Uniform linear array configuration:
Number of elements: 48
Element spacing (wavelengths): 0.75
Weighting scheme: hamming
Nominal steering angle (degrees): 60
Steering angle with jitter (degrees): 60.842
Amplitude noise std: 0.05
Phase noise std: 0.05

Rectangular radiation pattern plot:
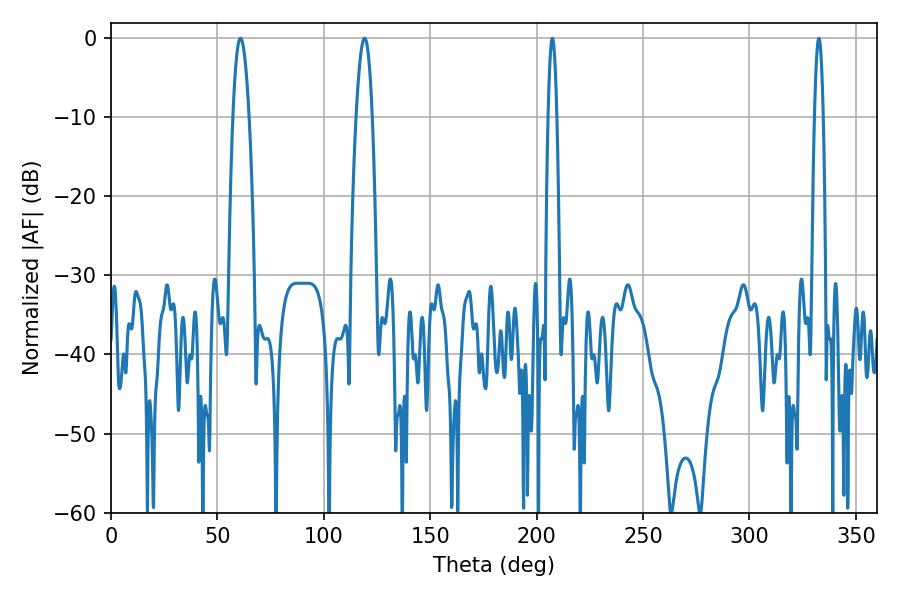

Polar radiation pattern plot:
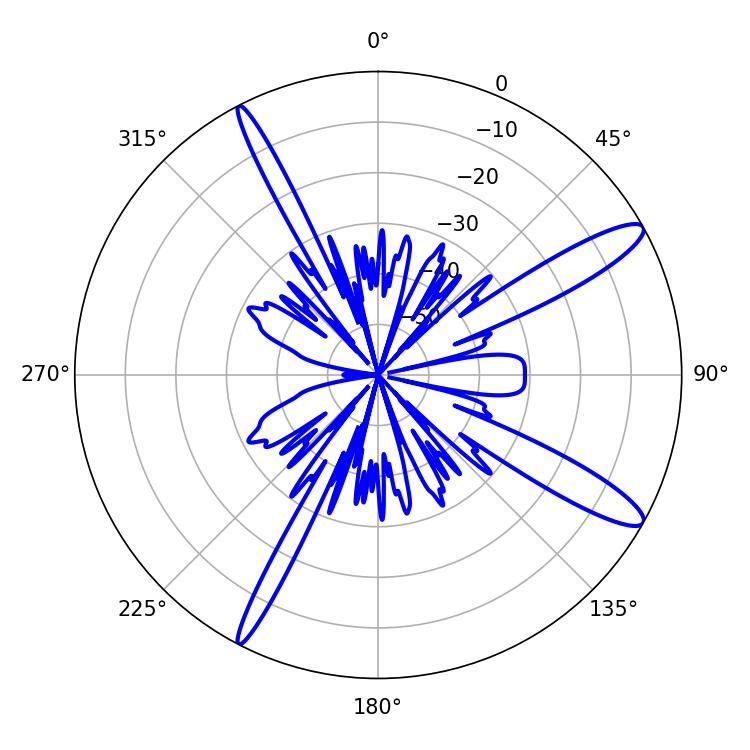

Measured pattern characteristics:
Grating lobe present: TRUE
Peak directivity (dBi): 13.073
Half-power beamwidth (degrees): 4.14
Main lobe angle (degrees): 60.84